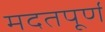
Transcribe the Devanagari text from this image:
मदतपूर्ण